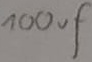
Text: 100µF